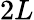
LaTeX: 2L